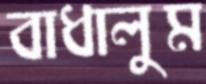
বাধালুম